Annual administration report of the Civil Veterinary Department of India - 1897-1898
Year: 1897
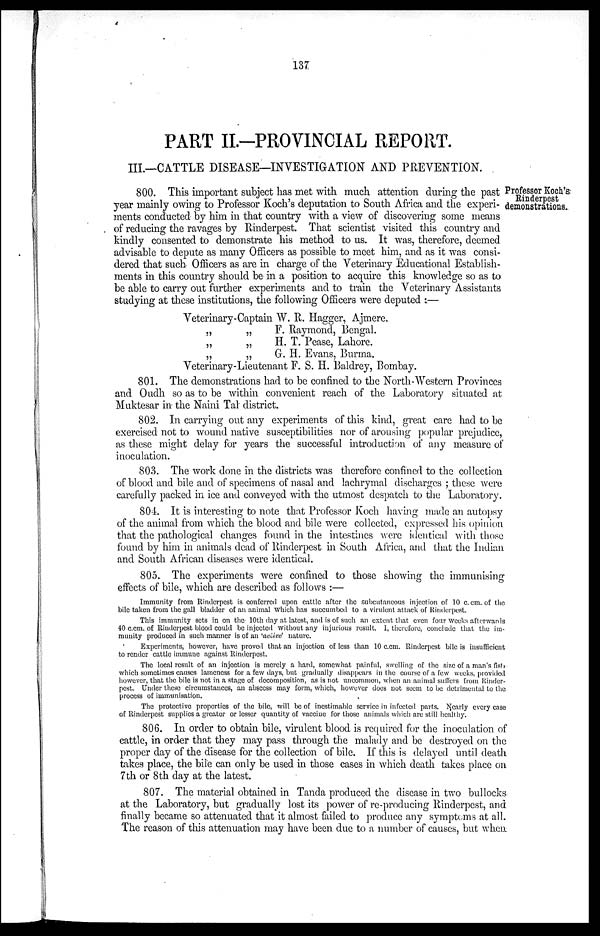
137
PART II.-PROVINCIAL REPORT.
III.—CATTLE DISEASE—INVESTIGATION AND PREVENTION.
Professor Koch's
Rinderpest
demonstrations.
800. This important subject has met with much attention during the past
year mainly owing to Professor Koch's deputation to South Africa and the experi-
ments conducted by him in that country with a view of discovering some means
of reducing the ravages by Rinderpest. That scientist visited this country and
kindly consented to demonstrate his method to us. It was, therefore, deemed
advisable to depute as many Officers as possible to meet him, and as it was consi-
dered that such Officers as are in charge of the Veterinary Educational Establish-
ments in this country should be in a position to acquire this knowledge so as to
be able to carry out further experiments and to train the Veterinary Assistants
studying at these institutions, the following Officers were deputed :—
Veterinary
„
„
„
-Captain
„
„
„
W. R. Hagger, Ajmere.
F. Raymond, Bengal.
H. T. Pease, Lahore.
G. H. Evans, Burma.
Veterinary-Lieutenant F. S. H. Baldrey, Bombay.
801. The demonstrations had to be confined to the North-Western Provinces
and Oudh so as to be within convenient reach of the Laboratory situated at
Muktesar in the Naini Tal district.
802. In carrying out any experiments of this kind, great care had to be
exercised not to wound native susceptibilities nor of arousing popular prejudice,
as these might delay for years the successful introduction of any measure of
inoculation.
803. The work done in the districts was therefore confined to the collection
of blood and bile and of specimens of nasal and lachrymal discharges; these were
carefully packed in ice and conveyed with the utmost despatch to the Laboratory.
804. It is interesting to note that Professor Koch having made an autopsy
of the animal from which the blood and bile were collected, expressed his opinion
that the pathological changes found in the intestines were identical with those
found by him in animals dead of Rinderpest in South Africa, and that the Indian
and South African diseases were identical.
805. The experiments were confined to those showing the immunising
effects of bile, which are described as follows :—
Immunity from Rinderpest is conferred upon cattle after the subcutaneous injection of 10 c.cm. of the
bile taken from the gall bladder of an animal which has succumbed to a virulent attack of Rinderpest.
This immunity sets in on the 10th day at latest, and is of such an extent that even four weeks afterwards
40 c.cm. of Rinderpest blood could be injected without any injurious result. I, therefore, conclude that the im-
munity produced in such manner is of an 'active' nature.
Experiments, however, have proved that an injection of less than 10 c.cm. Rinderpest bile is insufficient
to render cattle immune against Rinderpest.
The local result of an injection is merely a hard, somewhat painful, swelling of the size of a man's fist
which sometimes causes lameness for a few days, but gradually disappears in the course of a few weeks, provided
however, that the bile is not in a stage of decomposition, as is not uncommon, when an animal suffers from Rinder-
pest. Under these circumstances, an abscess may form, which, however does not seem to be detrimental to the
process of immunisation.
The protective properties of the bile, will be of inestimable service in infected parts. Nearly every case
of Rinderpest supplies a greater or lesser quantity of vaccine for those animals which are still healthy.
806. In order to obtain bile, virulent blood is required for the inoculation of
cattle, in order that they may pass through the malady and be destroyed on the
proper day of the disease for the collection of bile. If this is delayed until death
takes place, the bile can only be used in those cases in which death takes place on
7th or 8th day at the latest.
807. The material obtained in Tanda produced the disease in two bullocks
at the Laboratory, but gradually lost its power of re-producing Rinderpest, and
finally became so attenuated that it almost failed to produce any symptoms at all.
The reason of this attenuation may have been due to a number of causes, but when